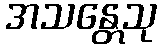
အသန္တေသု